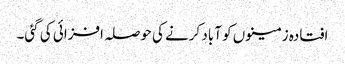
افتادہ زمینوں کو آباد کرنے کی حوصلہ افزائی کی گئی۔